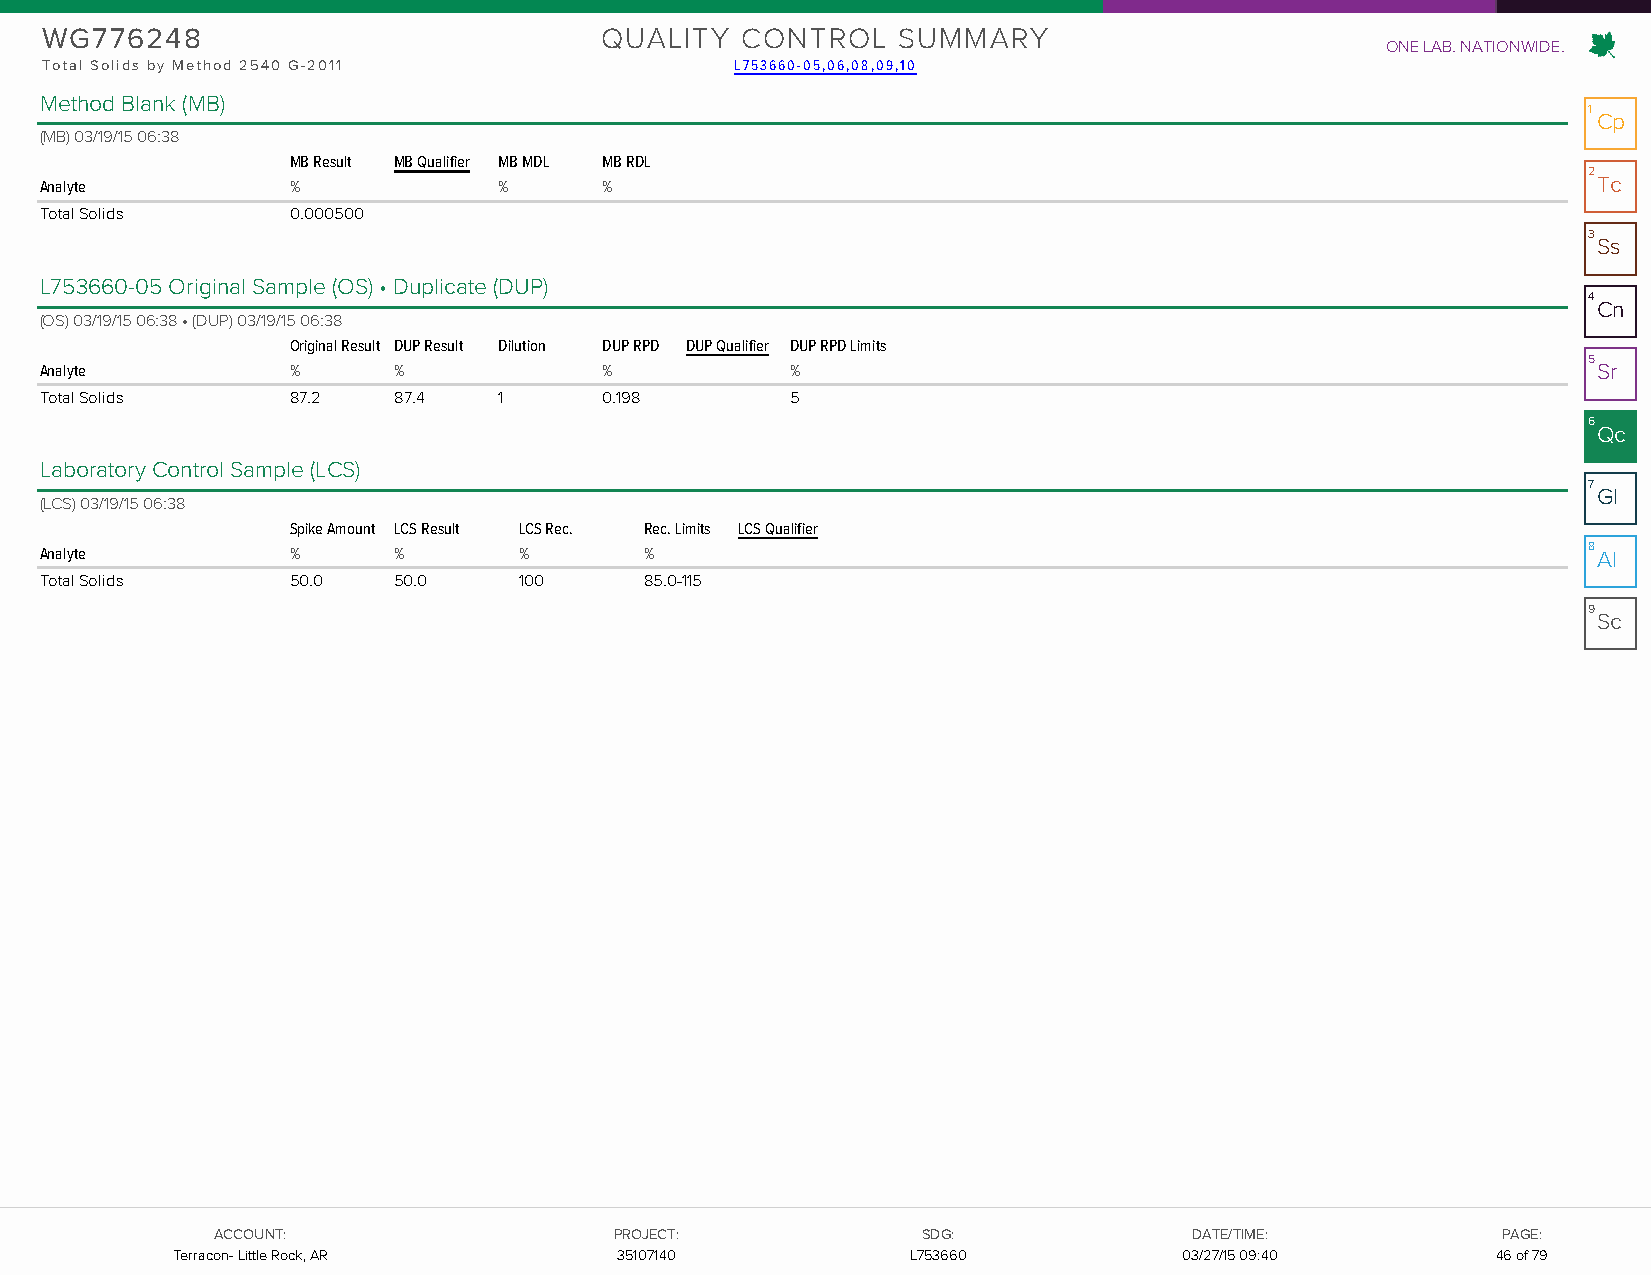
WG776248                             QUALITY  CONTROL   SUMMARY
 ONE LAB. NATIONWIDE.
 Total Solids by Method 2540 G-2011            L753660-05,06,08,09,10
 Method Blank (MB)
 1
 Cp
 (MB) 03/19/15 06:38
 MB Result MB Qualifier MB MDL MB RDL
 2
 Analyte         %             %      %                                                                 Tc
 Total Solids    0.000500
 3
 Ss
 L753660-05 Original Sample (OS) • Duplicate (DUP)
 4
 Cn
 (OS) 03/19/15 06:38 • (DUP) 03/19/15 06:38
 Original Result DUP Result Dilution DUP RPD DUP Qualifier DUP RPD Limits
 5
 Analyte         %      %             %           %                                                     Sr
 Total Solids    87.2   87.4   1      0.198       5
 6
 Qc
 Laboratory Control Sample (LCS)
 7
 Gl
 (LCS) 03/19/15 06:38
 Spike Amount LCS Result LCS Rec. Rec. Limits LCS Qualifier
 Analyte         %      %       %        %                                                             8 Al
 Total Solids    50.0   50.0    100      85.0-115
 9
 Sc
 AACCCCOOUUNNTT::           PPRROOJJEECCTT::    SSDDGG::          DDAATTEE//TTIIMMEE:: PPAAGGEE::
 TTeerrrraaccoonn-- LLiittttllee RRoocckk,, AARR 3355110077114400 LL775533666600 0033/2/277/1/515 0 191::0410 4466 ooff 7799